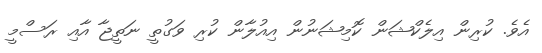
އެވެ. ކުރިން އިލެކްޝަން ކޮމިޝަނުން އިއުލާން ކުރި ވަގުތީ ނަތީޖާ އާއި ރަސްމީ